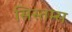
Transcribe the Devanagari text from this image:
सिस्तम्स